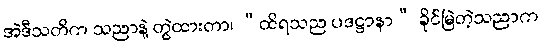
အဲဒီသတိက သညာနဲ့ တွဲထားတာ၊ “ထိရသည ပဒဋ္ဌာနာ” ခိုင်မြဲတဲ့သညာက